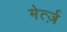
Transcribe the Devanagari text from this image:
मेर्त्ज़